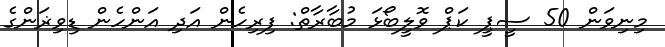
މިނިވަން 50 ސީޕީ ކަޕް ވޮލީބޯޅަ މުބާރާތް: ފިރިހެން އަދި އަންހެން ޑިވިޜަންގެ